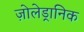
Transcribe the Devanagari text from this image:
ज़ोलेड्रानिक